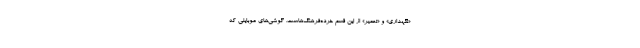
«نگهداری» و «تعمیر» از این قسم خرده‌فرهنگ‌هاست. گوشی‌های موبایلی که